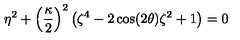
\eta ^ { 2 } + \left( \frac { \kappa } { 2 } \right) ^ { 2 } \left( \zeta ^ { 4 } - 2 \cos ( 2 \theta ) \zeta ^ { 2 } + 1 \right) = 0